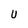
Character: U